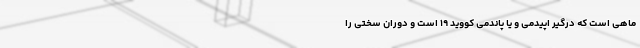
ماهی است که درگیر اپیدمی و یا پاندمی کووید ۱۹ است و دوران سختی را